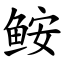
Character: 𩽾